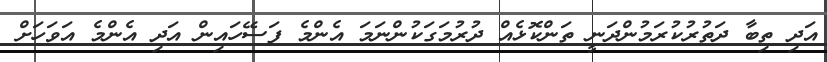
އަދި ތިބާ ދަތުރުކުރަމުންދަނީ ތަންކޮޅެއް ދުރުމަގަކުންނަމަ އެންމެ ފަސޭހައިން އަދި އެންމެ އަވަހަށް